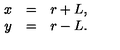
\begin{array} { r c l } { x } & { = } & { r + L , } \\ { y } & { = } & { r - L . } \\ \end{array}